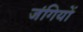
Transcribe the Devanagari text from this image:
जंगियों